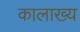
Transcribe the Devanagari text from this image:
कालाख्य